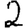
Digit: 2